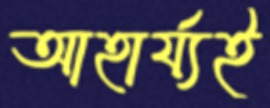
আহার্য্যই